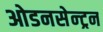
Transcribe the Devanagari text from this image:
ओडनसेन्ट्रन